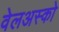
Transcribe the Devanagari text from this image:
वेलअस्को